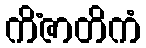
ကိံဇာတိကံ